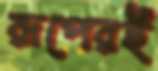
রূপেরই